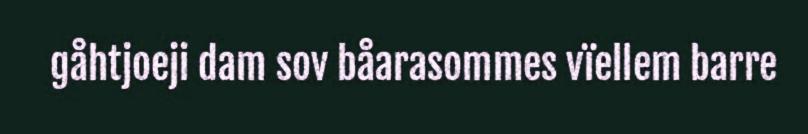
gåhtjoeji dam sov båarasommes vïellem barre